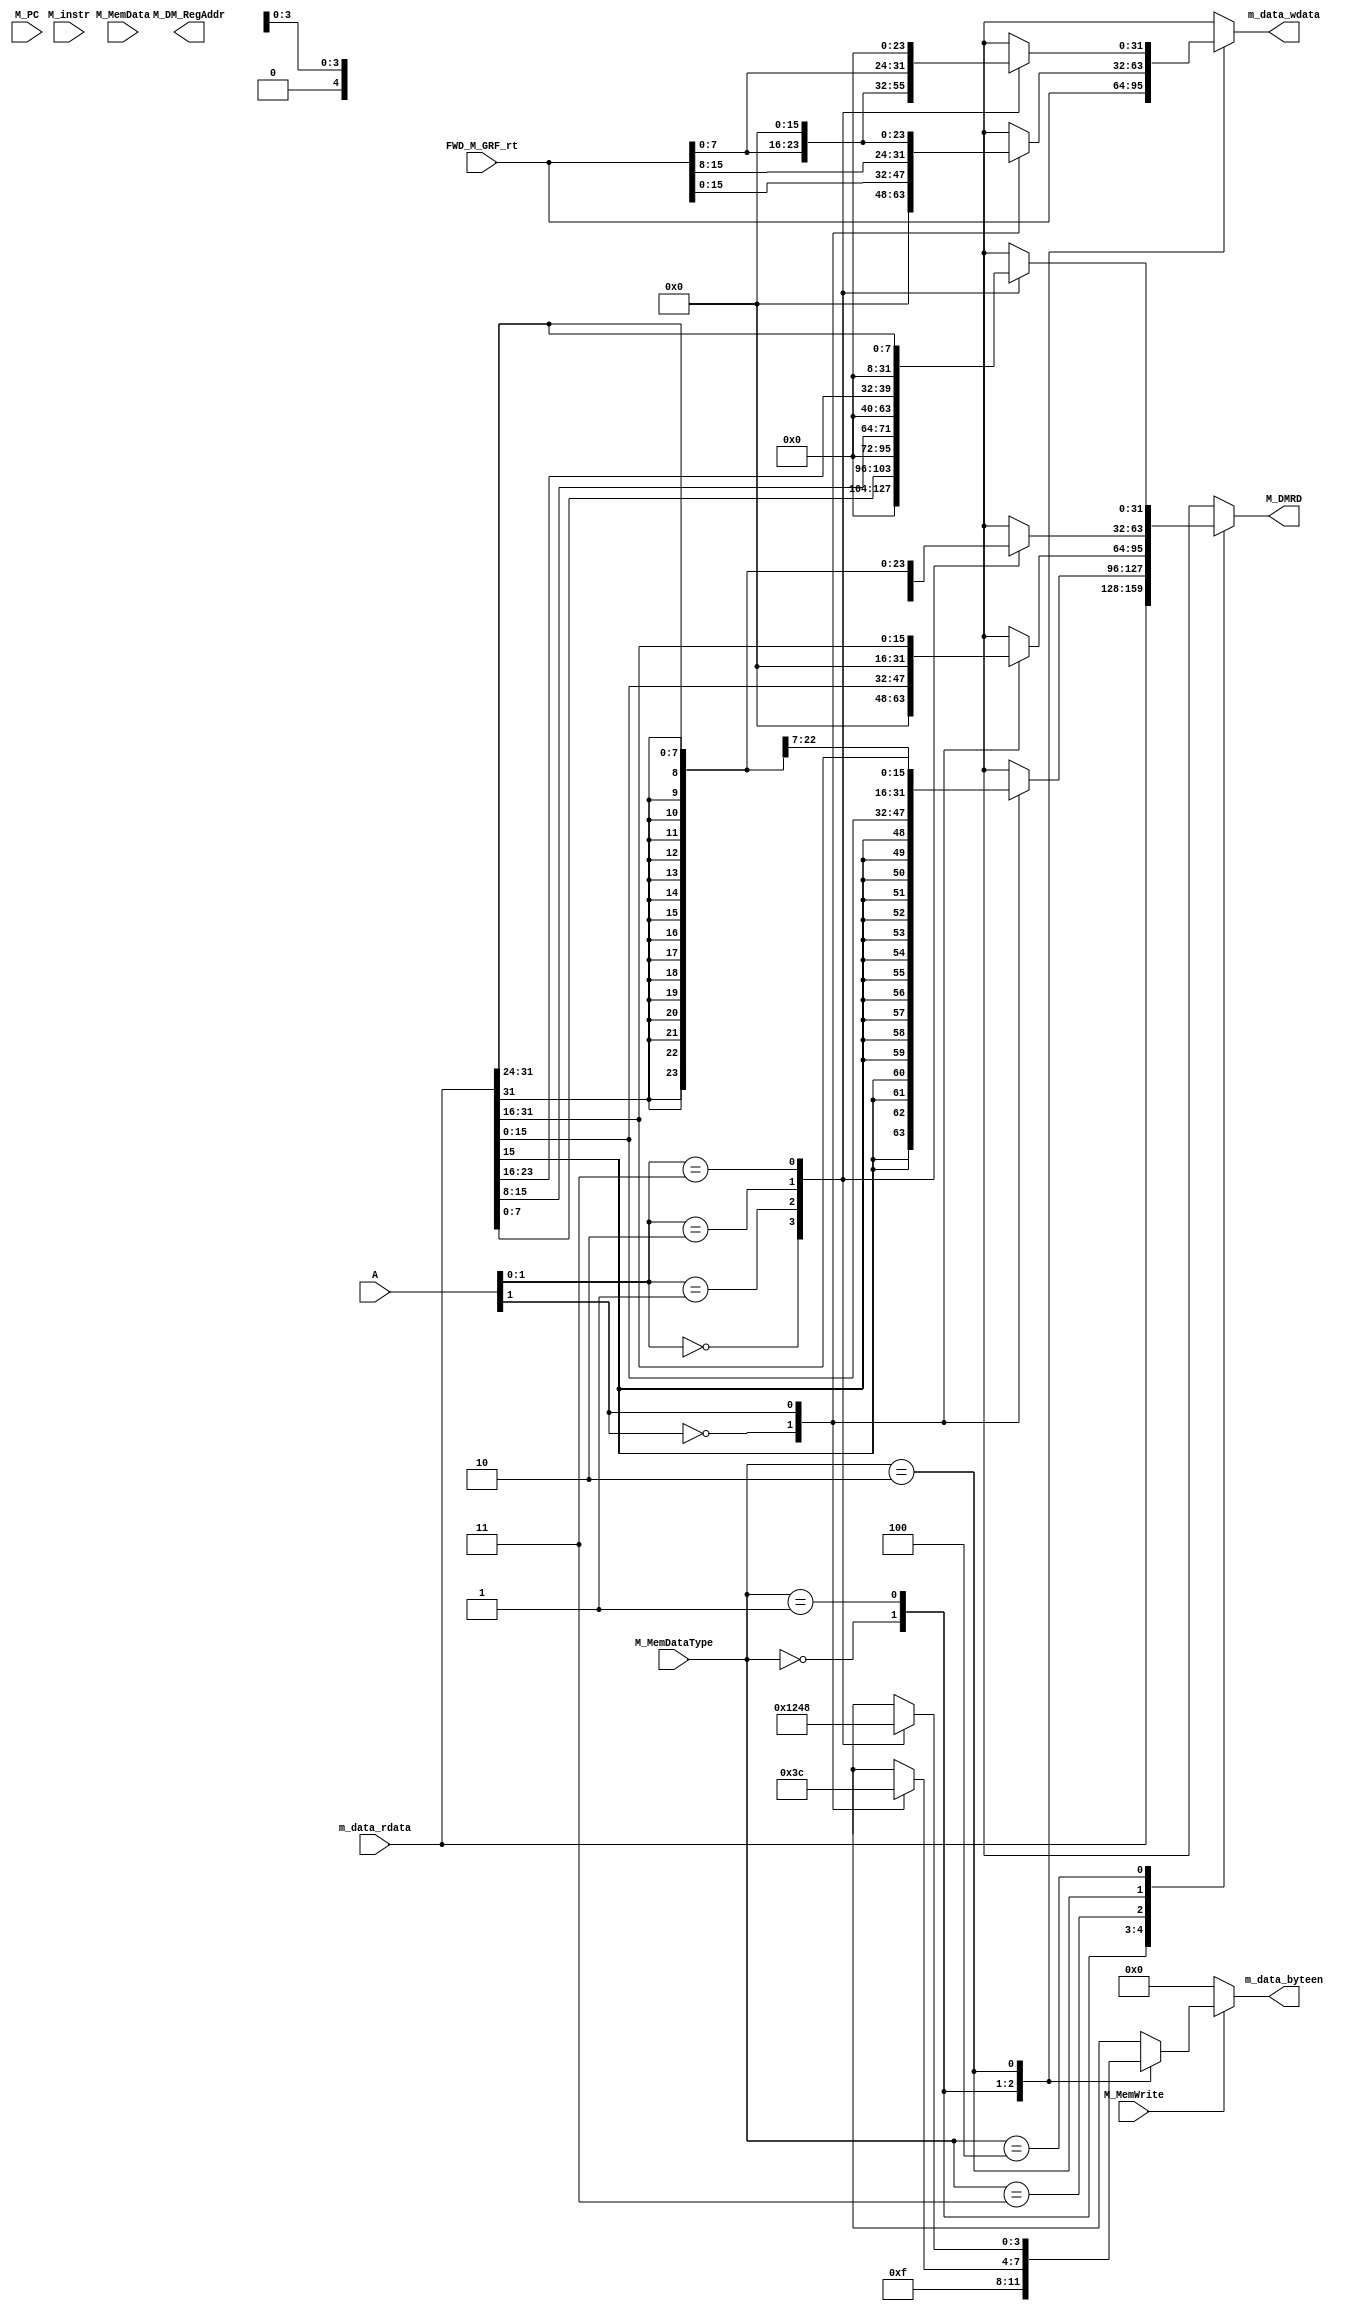
module M_DM (
    input [31:0] A,
    input [31:0] M_MemData,
    input [2:0] M_MemDataType,
    input [31:0] m_data_rdata,
    input [31:0] FWD_M_GRF_rt,
    input [31:0] M_PC,
    input [31:0] M_instr,
    input M_MemWrite,
    output reg [31:0] m_data_wdata,
    output reg [31:0] M_DMRD,
    output reg [3:0] m_data_byteen,
    output [4:0] M_DM_RegAddr);

    assign M_DM_RegAddr = 4'bx;

    parameter WORD_TYPE = 3'b000, HALF_TYPE = 3'b001, BYTE_TYPE = 3'b010, UHALF_TYPE = 3'b011, UBYTE_TYPE = 3'b100;
    

    always @(*) begin
        if (M_MemWrite) begin
            case (M_MemDataType)
					WORD_TYPE: begin
						 m_data_byteen = 4'b1111;
					end
					HALF_TYPE: begin
						 case (A[1])
							  1'b0: begin
									m_data_byteen = 4'b0011;
							  end
							  1'b1: begin
									m_data_byteen = 4'b1100;
							  end
							  default: begin
									m_data_byteen = 4'hx;
							  end
						 endcase
					end
					BYTE_TYPE: begin
						 case (A[1:0])
							  2'b00: begin
									m_data_byteen = 4'b0001;
							  end
							  2'b01: begin
									m_data_byteen = 4'b0010;
							  end
							  2'b10: begin
									m_data_byteen = 4'b0100;
							  end
							  2'b11: begin
									m_data_byteen = 4'b1000;
							  end
							  default: begin
									m_data_byteen = 4'hx;
							  end
						 endcase
					end
					default: m_data_byteen = 4'hx;
			  endcase
        end
        else begin
            m_data_byteen = 4'b0000;
        end
    end
    always @(*) begin
        case (M_MemDataType)
            WORD_TYPE: begin
                m_data_wdata = FWD_M_GRF_rt;
            end
            HALF_TYPE: begin
                case (A[1])
                    1'b0: begin
                        m_data_wdata = {16'h0, FWD_M_GRF_rt[15:0]};
                    end
                    1'b1: begin
                        m_data_wdata = {FWD_M_GRF_rt[15:0], 16'h0};
                    end
                    default: begin
                        m_data_wdata = 32'hx;
                    end
                endcase
            end
            BYTE_TYPE: begin
                case (A[1:0])
                    2'b00: begin
                        m_data_wdata = {24'h0, FWD_M_GRF_rt[7:0]};
                    end
                    2'b01: begin
                        m_data_wdata = {16'h0, FWD_M_GRF_rt[7:0], 8'h0};
                    end
                    2'b10: begin
                        m_data_wdata = {8'h0, FWD_M_GRF_rt[7:0], 16'h0};
                    end
                    2'b11: begin
                        m_data_wdata = {FWD_M_GRF_rt[7:0], 24'h0};
                    end
                    default: begin
                        m_data_wdata = 32'hx;
                    end
                endcase
            end
            default: m_data_wdata = 32'hx;
        endcase
    end

    always @(*) begin
        case (M_MemDataType)
            WORD_TYPE: begin
                M_DMRD = m_data_rdata;
            end
            HALF_TYPE: begin
                case (A[1])
                    1'b0: M_DMRD = {{16{m_data_rdata[15]}}, m_data_rdata[15:0]};
                    1'b1: M_DMRD = {{16{m_data_rdata[31]}}, m_data_rdata[31:16]};
                    default: M_DMRD = 32'hx;
                endcase
            end
            UHALF_TYPE: begin
                case (A[1])
                    1'b0: M_DMRD = {16'h0, m_data_rdata[15:0]};
                    1'b1: M_DMRD = {16'h0, m_data_rdata[31:16]};
                    default: M_DMRD = 32'hx;
                endcase
            end
            BYTE_TYPE: begin
                case (A[1:0])
                    2'b00: M_DMRD = {{24{m_data_rdata[7]}}, m_data_rdata[7:0]};
                    2'b01: M_DMRD = {{24{m_data_rdata[15]}}, m_data_rdata[15:8]};
                    2'b10: M_DMRD = {{24{m_data_rdata[23]}}, m_data_rdata[23:16]};
                    2'b11: M_DMRD = {{24{m_data_rdata[31]}}, m_data_rdata[31:24]};
                    default: M_DMRD = 32'hx;
                endcase
            end
            UBYTE_TYPE: begin
                case (A[1:0])
                    2'b00: M_DMRD = {24'h0, m_data_rdata[7:0]};
                    2'b01: M_DMRD = {24'h0, m_data_rdata[15:8]};
                    2'b10: M_DMRD = {24'h0, m_data_rdata[23:16]};
                    2'b11: M_DMRD = {24'h0, m_data_rdata[31:24]};
                    default: M_DMRD = 32'hx;
                endcase
            end
            default: M_DMRD = 32'hx;
        endcase
    end
    
endmodule